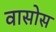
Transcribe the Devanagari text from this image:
वासोस